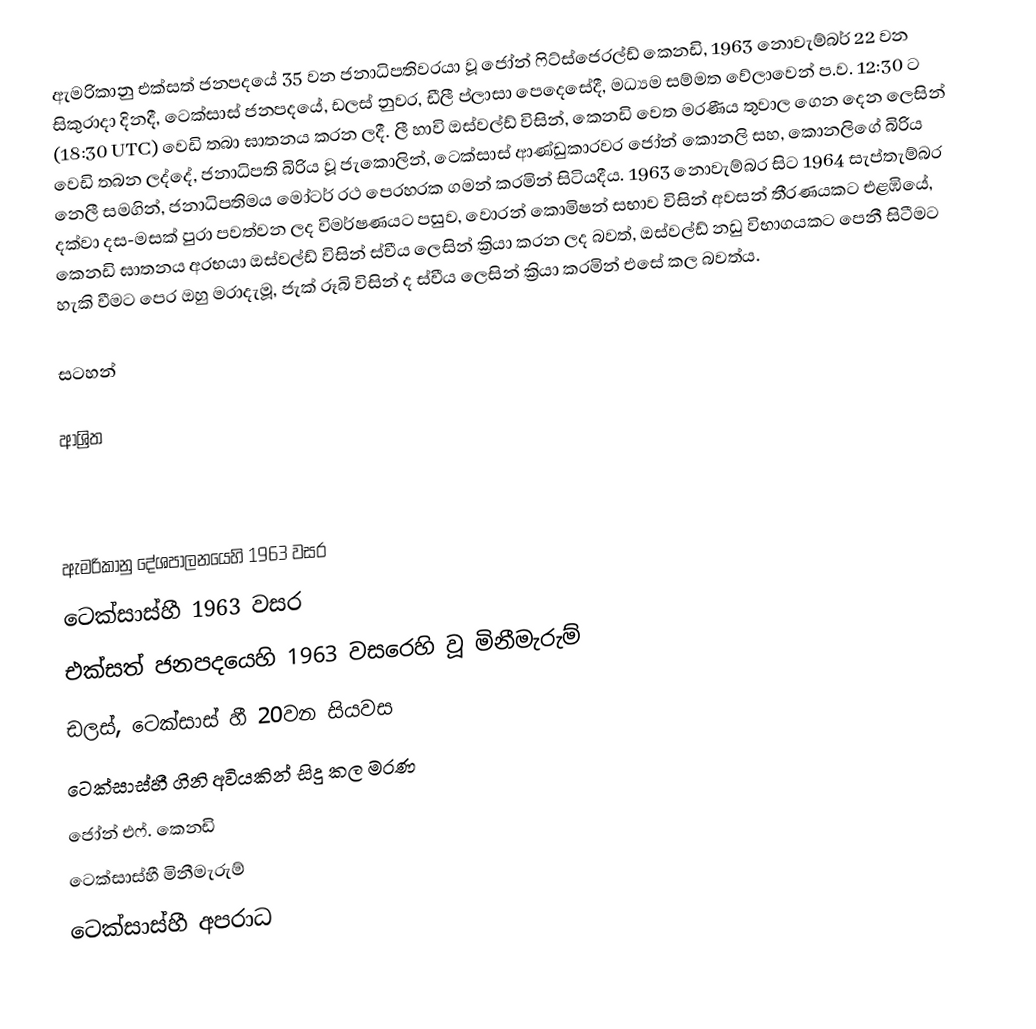
ඇමරිකානු එක්සත් ජනපදයේ  35 වන ජනාධිපතිවරයා වූ  ජෝන් ෆිට්ස්ජෙරල්ඩ් කෙනඩි, 1963 නොවැම්බර් 22 වන සිකුරාදා දිනදී,    ටෙක්සාස් ජනපදයේ,  ඩලස් නුවර,  ඩීලී ප්ලාසා පෙදෙසේදී,  මධ්‍යම සම්මත වේලාවෙන් ප.ව. 12:30 ට (18:30 UTC) වෙඩි තබා ඝාතනය කරන ලදී.  ලී හාවි ඔස්වල්ඩ් විසින්, කෙනඩි වෙත මරණීය තුවාල ගෙන දෙන ලෙසින් වෙඩි තබන ලද්දේ, ජනාධිපති බිරිය වූ ජැකොලින්, ටෙක්සාස් ආණ්ඩුකාරවර ජෝන් කොනලි සහ, කොනලිගේ බිරිය නෙලී සමගින්, ජනාධිපතිමය  මෝටර් රථ පෙරහරක ගමන් කරමින් සිටියදීය. 1963 නොවැම්බර සිට 1964 සැප්තැම්බර දක්වා දස-මසක් පුරා පවත්වන ලද විමර්ෂණයට පසුව, වොරන් කොමිෂන් සභාව විසින් අවසන් තීරණයකට එළඹියේ, කෙනඩි ඝාතනය අරභයා ඔස්වල්ඩ් විසින් ස්වීය ලෙසින් ක්‍රියා කරන ලද බවත්, ඔස්වල්ඩ් නඩු විභාගයකට පෙනී සිටීමට හැකි වීමට පෙර ඔහු මරාදැමූ, ජැක් රූබි විසින් ද ස්වීය ලෙසින් ක්‍රියා කරමින් එසේ කල බවත්ය.

සටහන්

ආශ්‍රිත

 ඇමරිකානු දේශපාලනයෙහි 1963 වසර
ටෙක්සාස්හී 1963 වසර
එක්සත් ජනපදයෙහි 1963 වසරෙහි වූ මිනීමැරුම්
 ඩලස්, ටෙක්සාස් හී 20වන සියවස
ටෙක්සාස්හී ගිනි අවියකින් සිදු කල මරණ
ජෝන් එෆ්. කෙනඩි
ටෙක්සාස්හී මිනීමැරුම්
ටෙක්සාස්හී අපරාධ